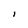
Character: I